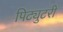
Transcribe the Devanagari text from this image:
पिट्युटरी